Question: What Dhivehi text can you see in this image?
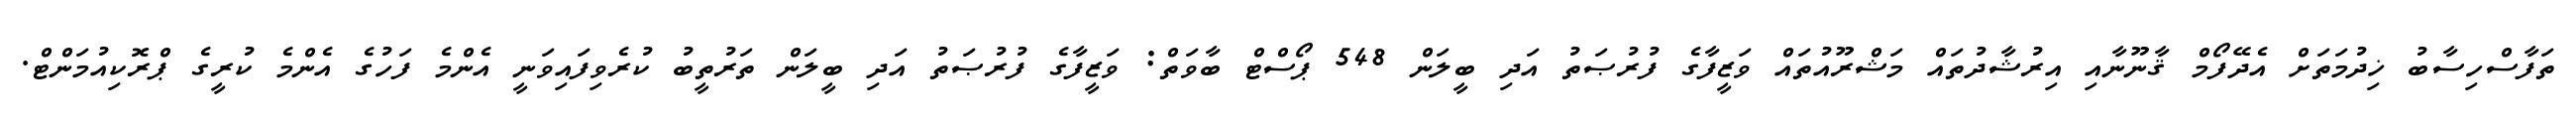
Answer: ތަފާސްހިސާބު ޚިދުމަތަށް އެދޭފޯމް ޤާނޫނާއި އިރުޝާދުތައް މަޝްރޫއުތައް ވަޒީފާގެ ފުރުޞަތު އަދި ބީލަން 548 ޕޯސްޓް ބާވަތް: ވަޒީފާގެ ފުރުޞަތު އަދި ބީލަން ތަރުތީބު ކުރެވިފައިވަނީ އެންމެ ފަހުގެ އެންމެ ކުރީގެ ޕްރޮކިއުމަންޓް.